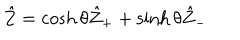
\hat { Z } = \cosh \theta \hat { Z } _ { + } + \sinh \theta \hat { Z } _ { - }